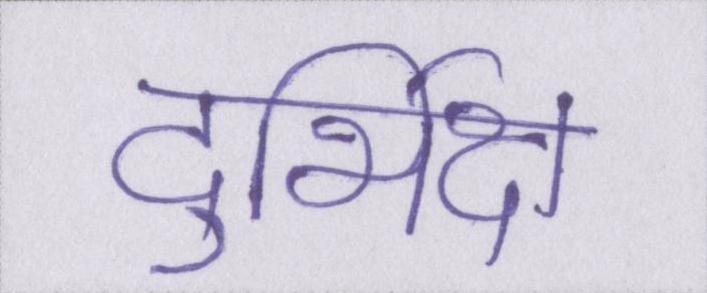
दुर्भिक्ष